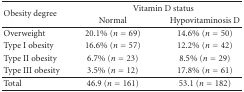
| <ROWSPAN=2> Obesity degree | <COLSPAN=2> Vitamin D status |
 | Normal | Hypovitaminosis D |
 | --- | --- | --- |
 | Overweight | 20.1% (n = 69) | 14.6% (n = 50) |
 | Type I obesity | 16.6% (n = 57) | 12.2% (n = 42) |
 | Type II obesity | 6.7% (n = 23) | 8.5% (n = 29) |
 | Type III obesity | 3.5% (n = 12) | 17.8% (n = 61) |
 | Total | 46.9 (n = 161) | 53.1 (n = 182) |